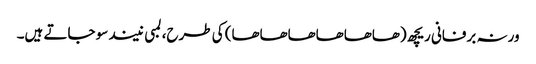
ورنہ برفانی ریچھ (ھاھاھاھاھاھا) کی طرح، لمبی نیند سو جاتے ہیں۔